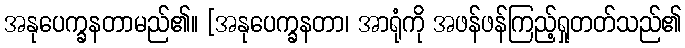
အနုပေက္ခနတာမည်၏။ [အနုပေက္ခနတာ၊ အာရုံကို အဖန်ဖန်ကြည့်ရှုတတ်သည်၏